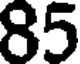
85